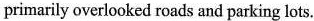
primarily overlooked roads and parking lots.